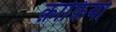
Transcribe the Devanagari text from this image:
क़ाफ़ियों